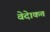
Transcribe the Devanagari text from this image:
वेदेाकत